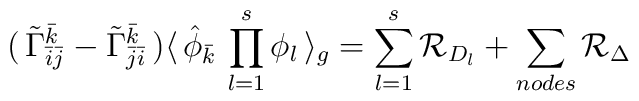
(\, {\tilde \Gamma}_{{\bar i} {\bar j}}^{\bar k} -{\tilde \Gamma}_{{\bar j} {\bar i}}^{\bar k} \, ) \langle \,{\hat \phi}_{\bar k} \,\prod_{l=1}^{s} \phi_l \, \rangle_{g} = \sum_{l=1}^{s}{\cal R}_{D_{l}} + \sum_{nodes} {\cal R}_{\Delta} \\